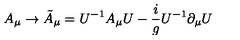
A _ { \mu } \rightarrow \tilde { A } _ { \mu } = U ^ { - 1 } A _ { \mu } U - { \frac { i } { g } } U ^ { - 1 } \partial _ { \mu } U